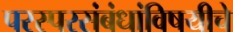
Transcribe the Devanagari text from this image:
परस्परसंबंधांविषयीचे